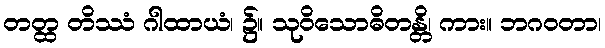
တတ္ထ တိဿံ ဂါထာယံ၊ ၌။ သုဝိသောဓိတန္တိ၊ ကား။ ဘဂဝတာ၊